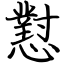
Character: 懟